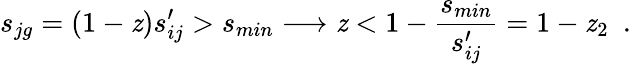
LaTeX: s_{jg}=(1-\mathit{z})s_{ij}^{\prime}>s_{min}\longrightarrow\mathit{z}<1-\frac{{s_{min}}}{{s_{ij}^{\prime}}}=1-\mathit{z}_{2}\, \, \, .